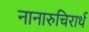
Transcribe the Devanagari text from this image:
नानारुचिरार्थ